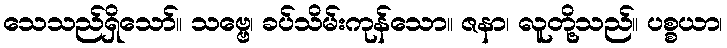
သေသည်ရှိသော်။ သဗ္ဗေ၊ ခပ်သိမ်းကုန်သော။ ဇနာ၊ လူတို့သည်။ ပစ္စယာ၊